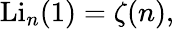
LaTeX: \mathrm{Li}_{n}(1)=\zeta(n),